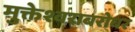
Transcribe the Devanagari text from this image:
मुक्तेश्वराबरोबर